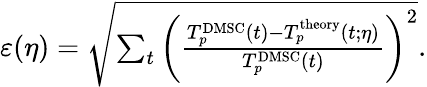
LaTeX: \begin{array}{r}{\varepsilon(\eta)=\sqrt{\sum_{t}\left(\frac{T_{p}^{\mathrm{DMSC}}(t)-T_{p}^{\mathrm{theory}}(t;\eta)}{T_{p}^{\mathrm{DMSC}}(t)}\right)^{2}}.}\end{array}